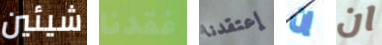
شيئين فقدنا إعتقدنا إن ان